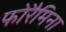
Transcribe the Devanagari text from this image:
फोरैमिना